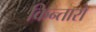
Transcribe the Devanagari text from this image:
किन्तारो